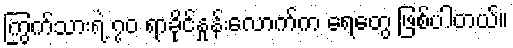
ကြွက်သားရဲ့ ၇၀ ရာခိုင်နှုန်းလောက်က ရေတွေ ဖြစ်ပါတယ်။